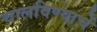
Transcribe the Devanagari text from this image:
चालविण्याचें